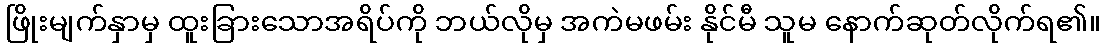
ဖြိုးမျက်နှာမှ ထူးခြားသောအရိပ်ကို ဘယ်လိုမှ အကဲမဖမ်း နိုင်မီ သူမ နောက်ဆုတ်လိုက်ရ၏။